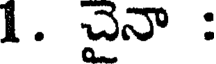
1. చైనా :